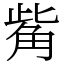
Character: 觜